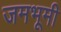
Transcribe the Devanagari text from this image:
जमभूमी